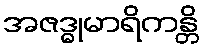
အဇဒ္ဓုမာရိကန္တိ